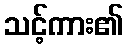
သင့်ကား၏